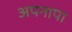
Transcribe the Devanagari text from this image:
अपनापा